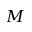
M